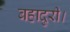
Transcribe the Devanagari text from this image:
बहादुरी।